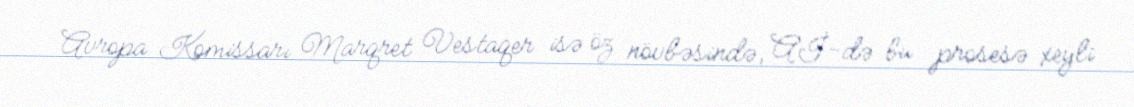
Avropa Komissarı Marqret Vestaqer isə öz növbəsində, Aİ-də bu prosesə xeyli